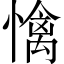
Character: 𢢬